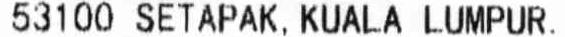
53100 SETAPAK, KUALA LUMPUR